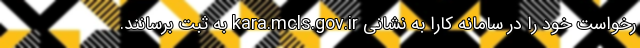
رخواست خود را در سامانه کارا به نشانی kara.mcls.gov.ir به ثبت برسانند.